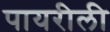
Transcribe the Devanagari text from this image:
पायरीली